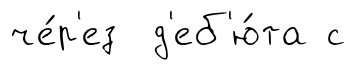
че́р'ез д'еб'ю́та с